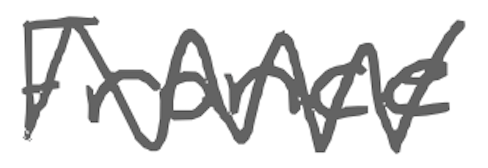
Text: France
Cross-out: zig-zag
Writing tool: digital_gray